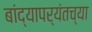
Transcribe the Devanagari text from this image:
बांद्यापर्यंतच्या